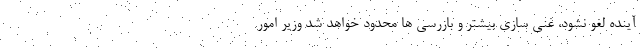
آینده لغو نشود، غنی سازی بیشتر و بازرسی ها محدود خواهد شد وزیر امور